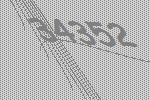
34352